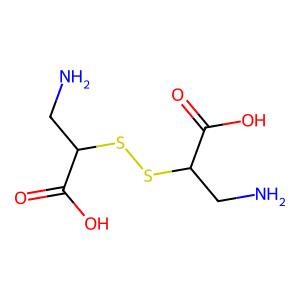
SMILES: NCC(SSC(CN)C(=O)O)C(=O)O
Inhibits HIV replication: No